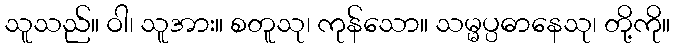
သူသည်။ ဝါ၊ သူအား။ စတူသု၊ ကုန်သော။ သမ္မပ္ပဓာနေသု၊ တို့ကို။